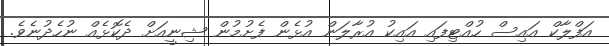
އަފްލާކް އައިސް ހުއްޓިފައި އައިކު އުރާލަން އުޅެން ފެށުމުން ޝިނީއަށް ދެކޮޅެއް ނުހެދުނެވެ.